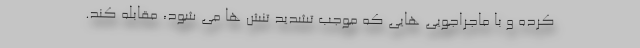
کرده و با ماجراجویی هایی که موجب تشدید تنش ها می شود، مقابله کند.